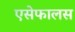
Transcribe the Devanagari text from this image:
एसेफालस